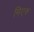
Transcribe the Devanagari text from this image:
मिएरु